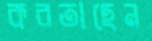
করতাছেন